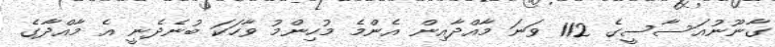
ގާނޫނުއަސާސީގެ 112 ވަނަ މާއްދާއިން އެންމެ މުހިންމު ވާހަކަ ބުނެދެނީ އެ މާއްދާގެ